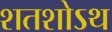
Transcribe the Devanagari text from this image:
शतशोऽथ